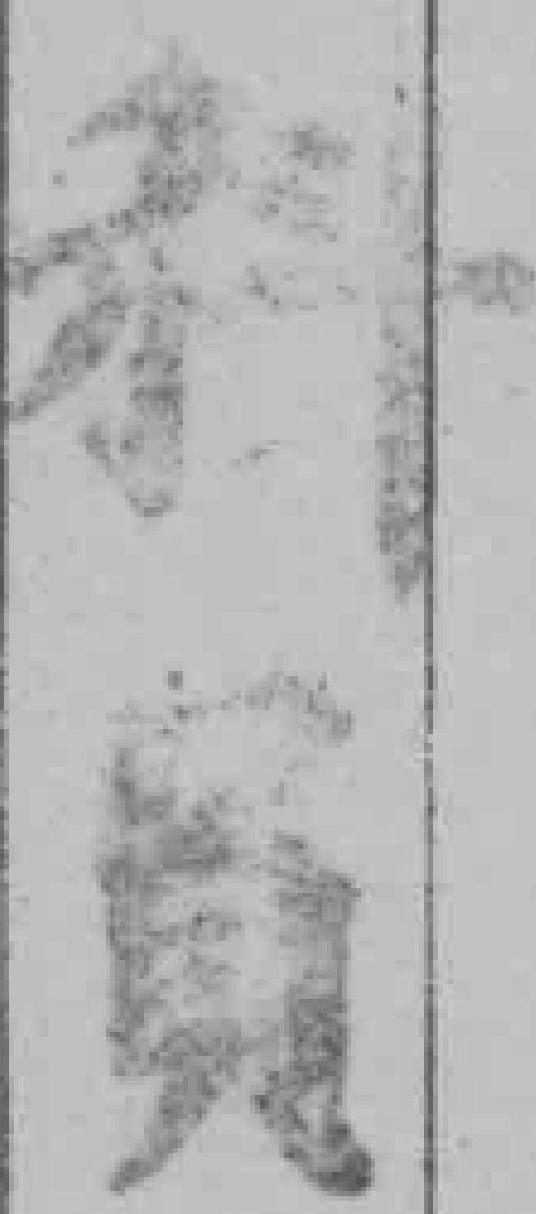
科員